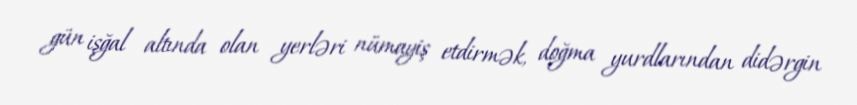
gün işğal altında olan yerləri nümayiş etdirmək, doğma yurdlarından didərgin